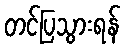
တင်ပြသွားရန်